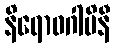
နိရောဓဂါမိနီ